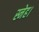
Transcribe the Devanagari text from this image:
स्नेह।